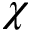
\chi